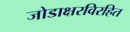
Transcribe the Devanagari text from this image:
जोडाक्षरविरहित